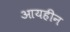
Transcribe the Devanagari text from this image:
आयहीन